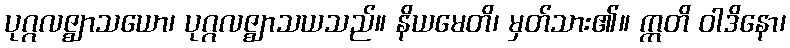
ပုဂ္ဂလဇ္ဈာသယော၊ ပုဂ္ဂလဇ္ဈာသယသည်။ နိယမေတိ၊ မှတ်သား၏။ ဣတိ ဝါဒိနော၊